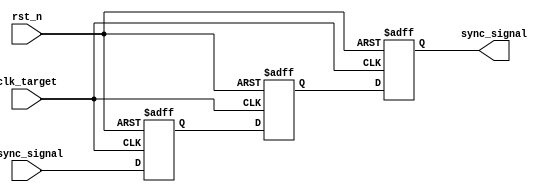
module SignalLevelCrossingSynchronizer (
    input wire clk_target,        // Target clock domain
    input wire async_signal,      // Asynchronous input signal from sender clock domain
    output reg sync_signal,       // Synchronized output signal in target clock domain
    input wire rst_n              // Active low reset signal
);

// Internal registers for the dual flip-flop synchronizer
reg ff1;
reg ff2;

// Always block for the dual flip-flop synchronizer
always @(posedge clk_target or negedge rst_n) begin
    if (!rst_n) begin
        ff1 <= 1'b0;             // Reset FF1
        ff2 <= 1'b0;             // Reset FF2
        sync_signal <= 1'b0;     // Reset output signal
    end else begin
        ff1 <= async_signal;      // Capture the asynchronous signal in FF1
        ff2 <= ff1;               // Transfer FF1 output to FF2
        sync_signal <= ff2;       // Output the synchronized signal from FF2
    end
end

endmodule